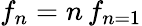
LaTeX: {f_{n}=n\, f_{n=1}}